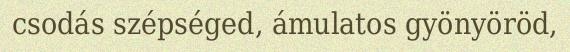
csodás szépséged, ámulatos gyönyöröd,